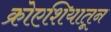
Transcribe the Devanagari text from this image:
क्रोएशियातून